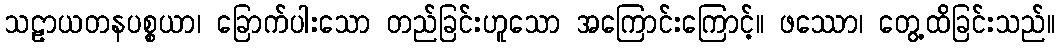
သဠာယတနပစ္စယာ၊ ခြောက်ပါးသော တည်ခြင်းဟူသော အကြောင်းကြောင့်။ ဖဿော၊ တွေ့ထိခြင်းသည်။